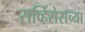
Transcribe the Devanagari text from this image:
सर्व्हिसेसच्या